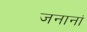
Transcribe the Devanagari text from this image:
जनानां